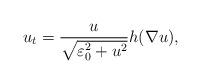
LaTeX: \begin{align*}u_t=\frac{u}{\sqrt{\varepsilon _0 ^2+u^2}}h(\nabla u),\end{align*}